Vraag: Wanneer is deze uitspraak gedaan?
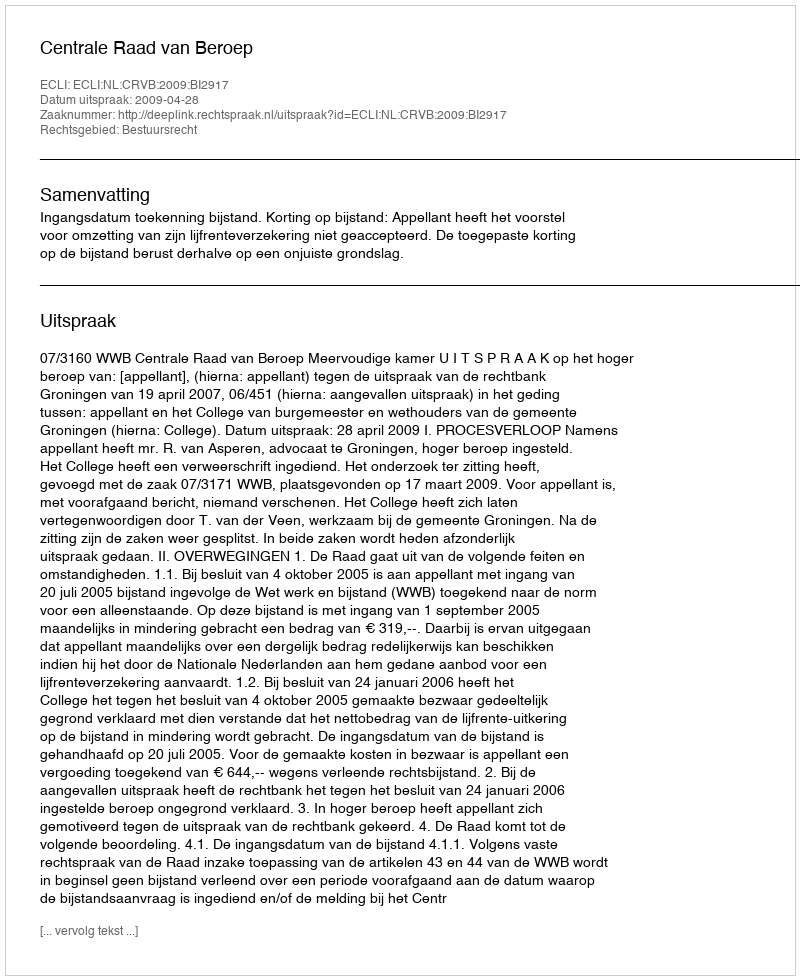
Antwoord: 2009-04-28